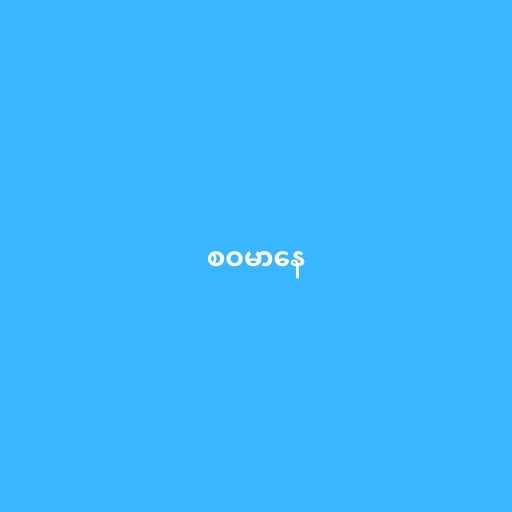
စဝမာနေ